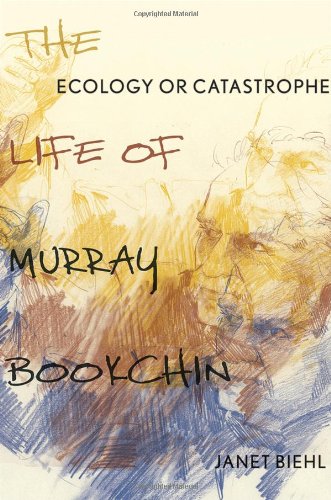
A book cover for Ecology or Catastrophe: The Life of Murray Bookchin; Janet Biehl; Biographies & Memoirs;